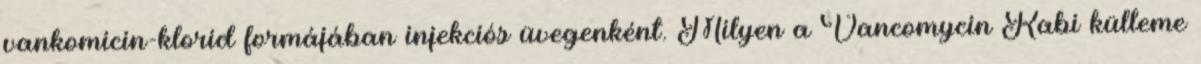
vankomicin-klorid formájában injekciós üvegenként. Milyen a Vancomycin Kabi külleme